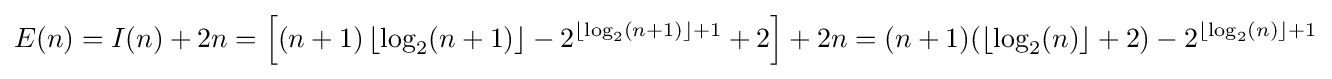
E(n)=I(n)+2n=\left[(n+1)\left\lfloor \log _{2}(n+1)\right\rfloor -2^{\left\lfloor \log _{2}(n+1)\right\rfloor +1}+2\right]+2n=(n+1)(\lfloor \log _{2}(n)\rfloor +2)-2^{\lfloor \log _{2}(n)\rfloor +1}